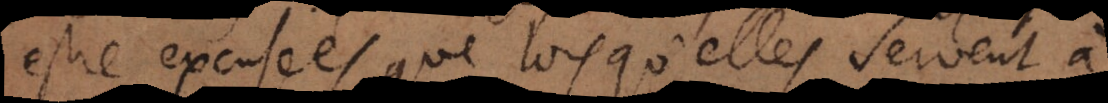
estre excusées, que lorsqu’elles servent à